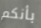
بأنكم